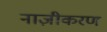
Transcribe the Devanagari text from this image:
नाज़ीकरण